Scottish Leaving Certificate Examination, 1952
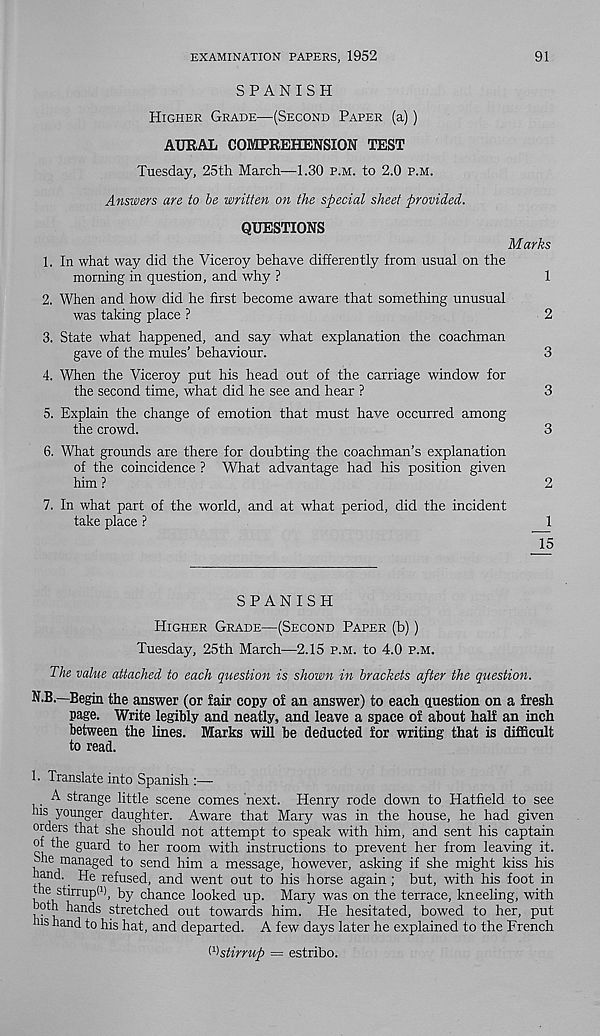
EXAMINATION PAPERS, 1952
91
SPANISH
Higher Grade—(Second Paper (a))
AURAL COMPREHENSION TEST
Tuesday, 25th March—1.30 p.m. to 2.0 p.m.
Answers are to be written on the special sheet provided.
QUESTIONS
1. In what way did the Viceroy behave differently from usual on the
morning in question, and why ?
2. When and how did he first become aware that something unusual
was taking place ?
3. State what happened, and say what explanation the coachman
gave of the mules’ behaviour.
4. When the Viceroy put his head out of the carriage window for
the second time, what did he see and hear ?
5. Explain the change of emotion that must have occurred among
the crowd.
6. What grounds are there for doubting the coachman’s explanation
of the coincidence ? What advantage had his position given
him ?
7. In what part of the world, and at what period, did the incident
take place ?
Marks
__1
15
SPANISH
Higher Grade—(Second Paper (b))
Tuesday, 25th March—2.15 p.m. to 4.0 p.m.
The value attached to each question is shown in brackets after the question.
N.B.—Begin the answer (or fair copy of an answer) to each question on a fresh
page. Write legibly and neatly, and leave a space of about half an inch
between the lines. Marks will he deducted for writing that is difficult
to read.
1. Translate into Spanish :—
A strange little scene comes next. Henry rode down to Hatfield to see
his younger daughter. Aware that Mary was in the house, he had given
orders that she should not attempt to speak with him, and sent his captain
of the guard to her room with instructions to prevent her from leaving it.
She managed to send him a message, however, asking if she might kiss his
hand. He refused, and went out to his horse again; but, with his foot in
the stirrup! 1 ), by chance looked up. Mary was on the terrace, kneeling, with
oth hands stretched out towards him. He hesitated, bowed to her, put
his hand to his hat, and departed. A few days later he explained to the French
^stirrup = estribo.